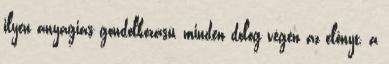
ilyen anyagias gondolkozású, minden dolog végén az előnyt, a